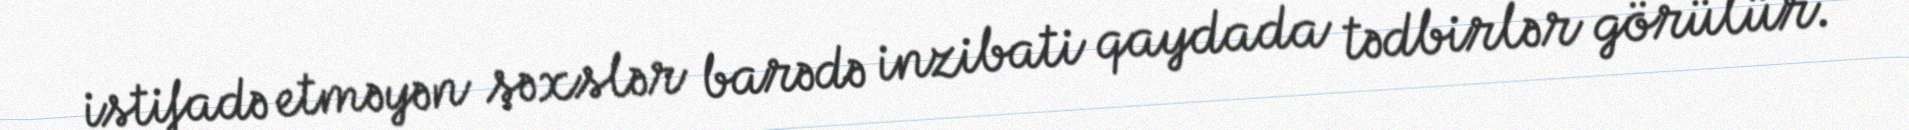
istifadə etməyən şəxslər barədə inzibati qaydada tədbirlər görülür.